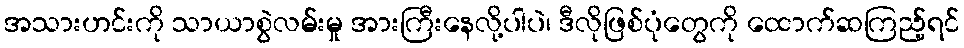
အသားဟင်းကို သာယာစွဲလမ်းမှု အားကြီးနေလို့ပါပဲ၊ ဒီလိုဖြစ်ပုံတွေကို ထောက်ဆကြည့်ရင်